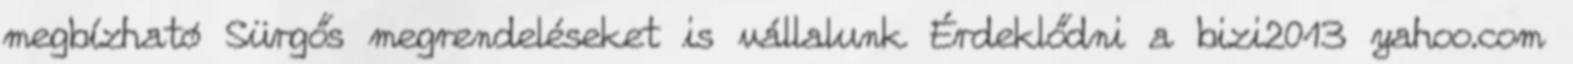
megbízható Sürgős megrendeléseket is vállalunk Érdeklődni a bizi2013 yahoo.com